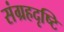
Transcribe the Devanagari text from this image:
संग्रहदृष्टि